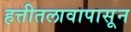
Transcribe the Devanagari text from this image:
हत्तीतलावापासून